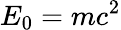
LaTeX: E_{0}=mc^{2}